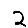
Digit: 2